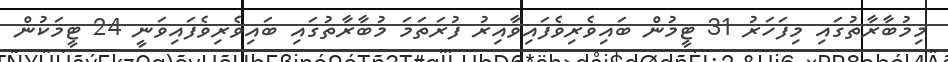
މިމުބާރާތުގައި މިފަހަރު 31 ޓީމުން ބައިވެރިވެފައިވާއިރު ފުރަތަމަ މުބާރާތުގައި ބައިވެރިވެފައިވަނީ 24 ޓީމަކުން